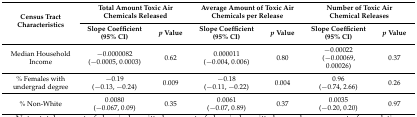
| <ROWSPAN=2> Census Tract Characteristics | <COLSPAN=2> Total Amount Toxic Air Chemicals Released | <COLSPAN=2> Average Amount of Toxic Air Chemicals per Release | <COLSPAN=2> Number of Toxic Air Chemical Releases |
 | Slope Coefficient (95% CI) | p Value | Slope Coefficient (95% CI) | p Value | Slope Coefficient (95% CI) | p Value |
 | --- | --- | --- | --- | --- | --- | --- |
 | Median Household Income | −0.0000082(−0.0005, 0.0003) | 0.62 | 0.000011(−0.004, 0.006) | 0.80 | −0.00022(−0.00069, 0.00026) | 0.37 |
 | % Females with undergrad degree | −0.19(−0.13, −0.24) | 0.009 | −0.18(−0.11, −0.22) | 0.004 | 0.96(−0.74, 2.66) | 0.26 |
 | % Non-White | 0.0080(−0.067, 0.09) | 0.35 | 0.0061(−0.07, 0.89) | 0.37 | 0.0035(−0.20, 0.20) | 0.97 |